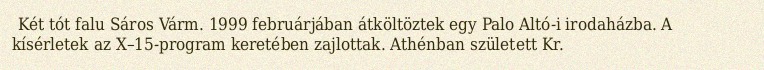
Két tót falu Sáros Várm. 1999 februárjában átköltöztek egy Palo Altó-i irodaházba. A kísérletek az X–15-program keretében zajlottak. Athénban született Kr.